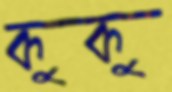
কুকু